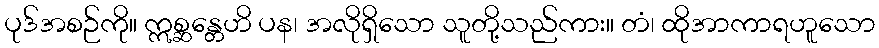
ပုဒ်အစဉ်ကို။ ဣစ္ဆန္တေဟိ ပန၊ အလိုရှိသော သူတို့သည်ကား။ တံ၊ ထိုအာကာရဟူသော